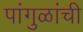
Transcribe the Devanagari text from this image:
पांगुळांची